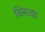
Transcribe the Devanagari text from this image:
चिनावट